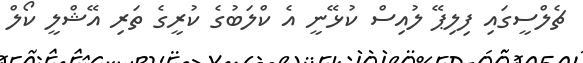
ޗެލްސީގައި ފިލިޕޭ ލުއިސް ކުޅޭނީ އެ ކްލަބުގެ ކުރީގެ ތަރި އޭޝްލީ ކޯލް